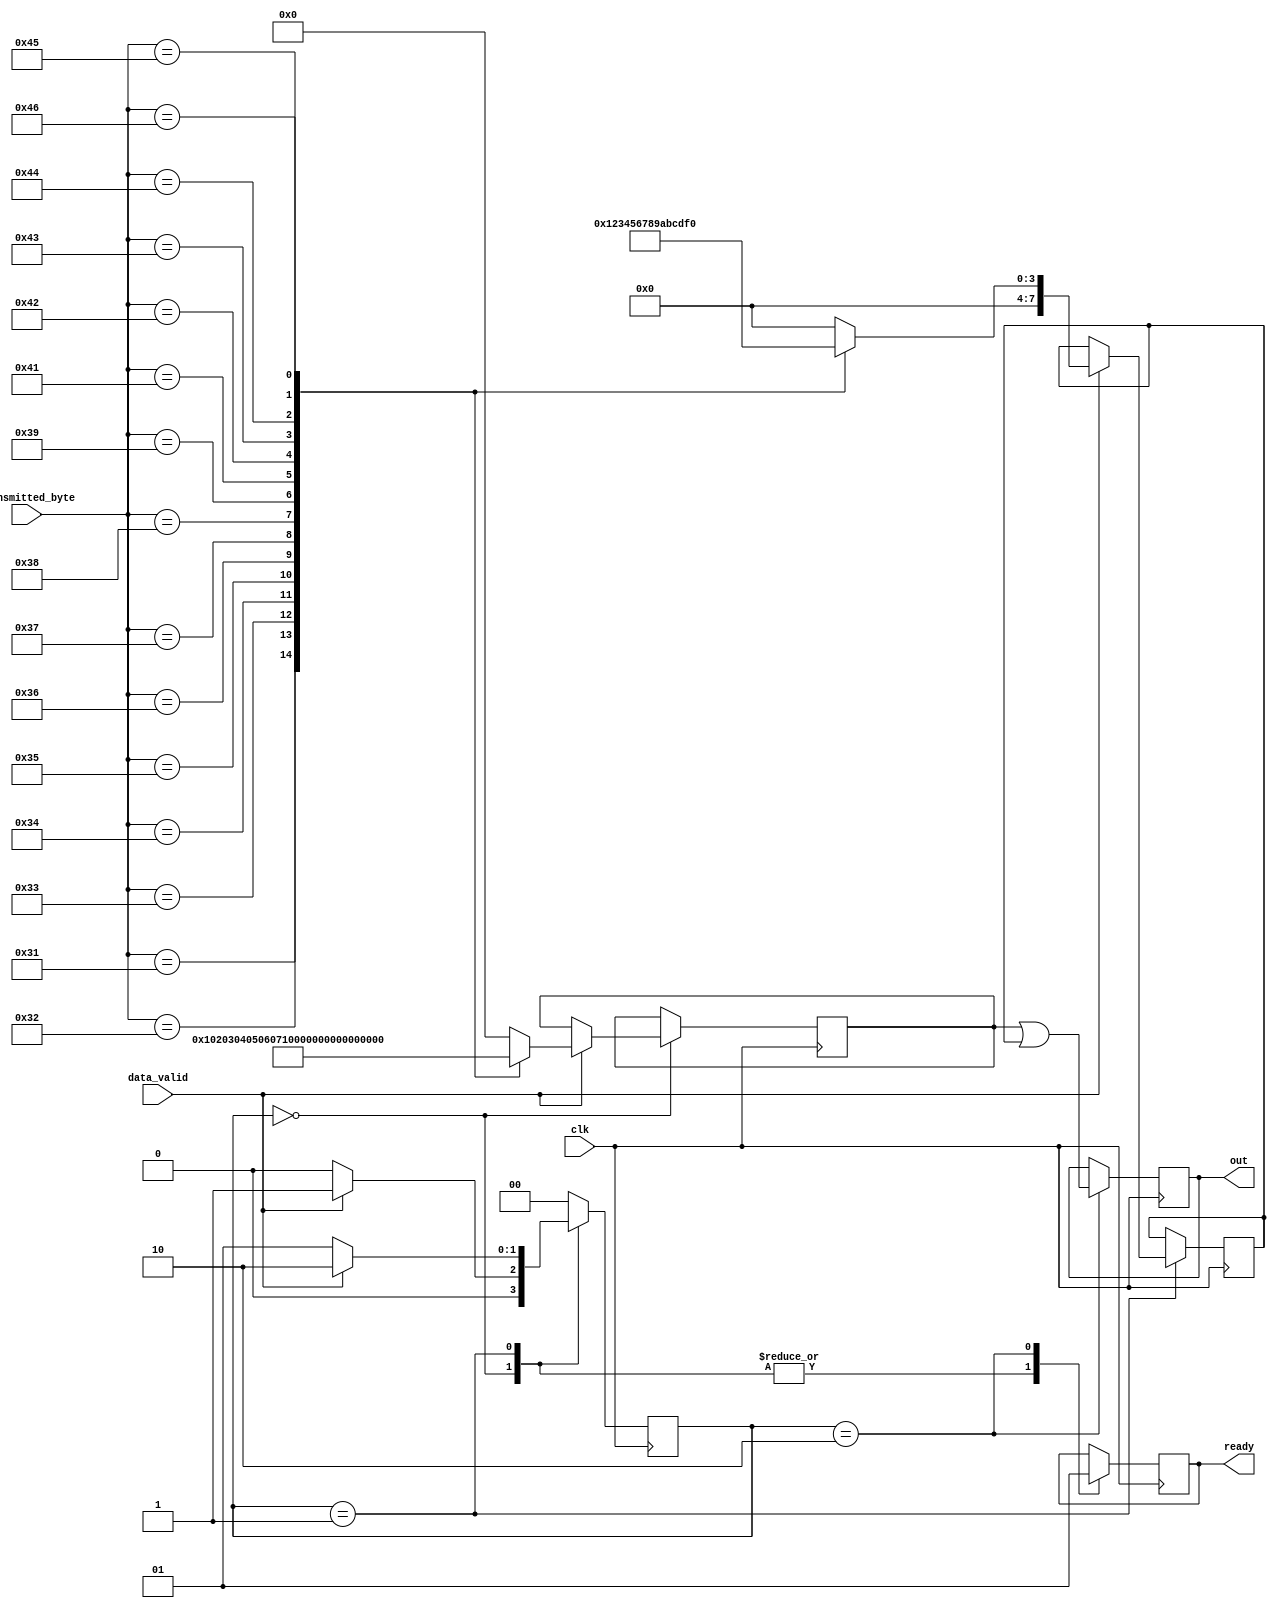
`timescale 1ns / 1ps
//////////////////////////////////////////////////////////////////////////////////
// Company:  University of Utah     
// 
// Module Name: convert_from_ASCII
// Project Name: MLA on an FPGA
// Target Devices: CMOD S7-25: Spartan 7
// Description: Takes ASCII from UART and converts it to hex value in FPGA.
//
//////////////////////////////////////////////////////////////////////////////////

module convert_from_ASCII(
  input        clk,
  input        data_valid,
  input  [7:0] transmitted_byte, 
  output       ready,
  output [7:0] out     
);
  
parameter FIRST                 = 2'b00;
parameter SECOND                = 2'b01;
parameter CALCULATE             = 2'b10; 
   
reg [1:0] state                 = 0;
reg [7:0] LSB_hex_value         = 0;
reg [7:0] MSB_hex_value         = 0;
reg       ready_reg             = 0;
reg [7:0] output_reg            = 0; 
     
always @(posedge clk)
  begin
  case (state)
    FIRST :
      begin
      ready_reg                 <= 0;
      output_reg                <= output_reg;           
      if (data_valid == 1'b1)
        begin
        case(transmitted_byte)
          "0":
            begin
            MSB_hex_value <= 8'h00;
            end

          "1":
            begin
            MSB_hex_value <= 8'h10;
            end

          "2":
            begin
            MSB_hex_value <= 8'h20;
            end

          "3":
            begin
            MSB_hex_value <= 8'h30;
            end

          "4":
            begin
            MSB_hex_value <= 8'h40;
            end

          "5":
            begin
            MSB_hex_value <= 8'h50;
            end

          "6":
            begin
            MSB_hex_value <= 8'h60;
            end

          "7":
            begin
            MSB_hex_value <= 8'h70;
            end

          "8":
            begin
            MSB_hex_value <= 8'h80;
            end

          "9":
            begin
            MSB_hex_value <= 8'h90;
            end

          "A":
            begin
            MSB_hex_value <= 8'hA0;
            end

          "B":
            begin
            MSB_hex_value <= 8'hB0;
            end

          "C":
            begin
            MSB_hex_value <= 8'hC0;
            end

          "D":
            begin
            MSB_hex_value <= 8'hD0;
            end

          "E":
            begin
            MSB_hex_value <= 8'hE0;
            end

          "F":
            begin
            MSB_hex_value <= 8'hF0;
            end

          default:
            begin
            MSB_hex_value <= 8'h00;
            end
        endcase
        state                  <= SECOND;
        end           

      else
        begin
        state                  <= FIRST;
        end
      end 
        
    SECOND :
      begin
      output_reg                <= output_reg;  
      ready_reg                 <= 0;           
      if (data_valid == 1'b1)
        begin
        case(transmitted_byte)
          "0":
            begin
            LSB_hex_value <= 8'h00;
            end

          "1":
            begin
            LSB_hex_value <= 8'h01;
            end

          "2":
            begin
            LSB_hex_value <= 8'h02;
            end

          "3":
            begin
            LSB_hex_value <= 8'h03;
            end

          "4":
            begin
            LSB_hex_value <= 8'h04;
            end

          "5":
            begin
            LSB_hex_value <= 8'h05;
            end

          "6":
            begin
            LSB_hex_value <= 8'h06;
            end

          "7":
            begin
            LSB_hex_value <= 8'h07;
            end

          "8":
            begin
            LSB_hex_value <= 8'h08;
            end

          "9":
            begin
            LSB_hex_value <= 8'h09;
            end

          "A":
            begin
            LSB_hex_value <= 8'h0A;
            end

          "B":
            begin
            LSB_hex_value <= 8'h0B;
            end

          "C":
            begin
            LSB_hex_value <= 8'h0C;
            end

          "D":
            begin
            LSB_hex_value <= 8'h0D;
            end

          "E":
            begin
            LSB_hex_value <= 8'h0E;
            end

          "F":
            begin
            LSB_hex_value <= 8'h0F;
            end

          default:
            begin
            LSB_hex_value <= 8'h00;
            end
        endcase
        state                  <= CALCULATE;
        end 
      else
        begin
        state                  <= SECOND;
        end
      end

    CALCULATE :
      begin
      output_reg                <= MSB_hex_value | LSB_hex_value; 
      ready_reg                 <= 1; 
      state                     <= FIRST;
      end
         
    default :
      state                     <= FIRST;   
    endcase
end

assign ready                    = ready_reg;
assign out                      = output_reg;
   
endmodule